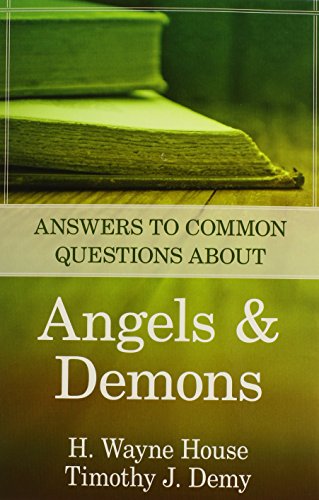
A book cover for Answers to Common Questions About Angels and Demons; H. Wayne House; Christian Books & Bibles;